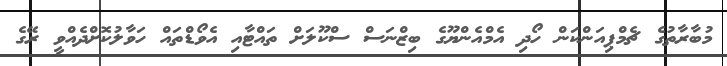
މުބާރާތުގެ ޗެމްޕިއަންކަން ހޯދި އެމްއެންޔޫގެ ބިޒްނަސް ސްކޫލަށް ތައްޓާއި އެވޯޑްތައް ހަވާލުކޮށްދެއްވީ ރޭގެ